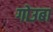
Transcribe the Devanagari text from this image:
गोउबा